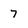
Character: 7